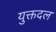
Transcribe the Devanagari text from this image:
युक्तदल